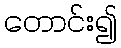
တောင်း၍